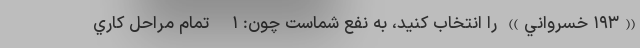
((١٩٣ خسرواني)) را انتخاب كنيد، به نفع شماست چون: ١- تمام مراحل كاري